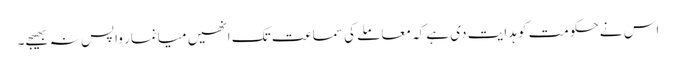
اس نے حکومت کو ہدایت دی ہے کہ معاملے کی سماعت تک انھیں میانمار واپس نہ بھیجے۔